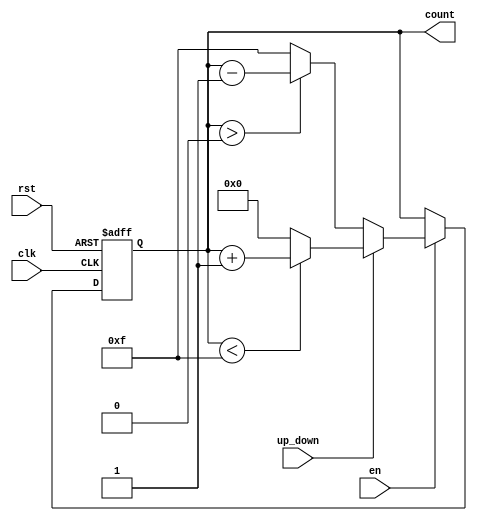
module UpDownCounter #(
    parameter N = 4  // Number of bits for the counter
)(
    input wire clk,            // Clock input
    input wire rst,            // Asynchronous reset input
    input wire up_down,        // Up/Down control signal
    input wire en,             // Enable signal
    output reg [N-1:0] count   // N-bit count output
);

// Maximum value based on N
localparam MAX_COUNT = (1 << N) - 1; // 2^N - 1

// Asynchronous reset and counting logic
always @(posedge clk or posedge rst) begin
    if (rst) begin
        count <= 0; // Initialize counter to 0 on reset
    end else if (en) begin
        if (up_down) begin
            // Counting Up
            if (count < MAX_COUNT) begin
                count <= count + 1; // Increment count
            end else begin
                count <= 0; // Wrap around to 0
            end
        end else begin
            // Counting Down
            if (count > 0) begin
                count <= count - 1; // Decrement count
            end else begin
                count <= MAX_COUNT; // Wrap around to MAX_COUNT
            end
        end
    end
end

endmodule